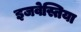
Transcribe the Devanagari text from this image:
इजवेस्तिया